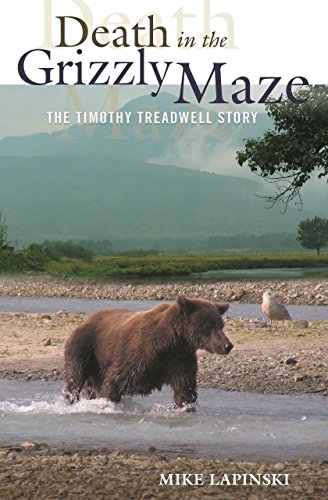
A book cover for Death in the Grizzly Maze: The Timothy Treadwell Story; Mike Lapinski; Sports & Outdoors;